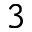
3